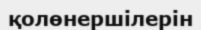
қолөнершілерін